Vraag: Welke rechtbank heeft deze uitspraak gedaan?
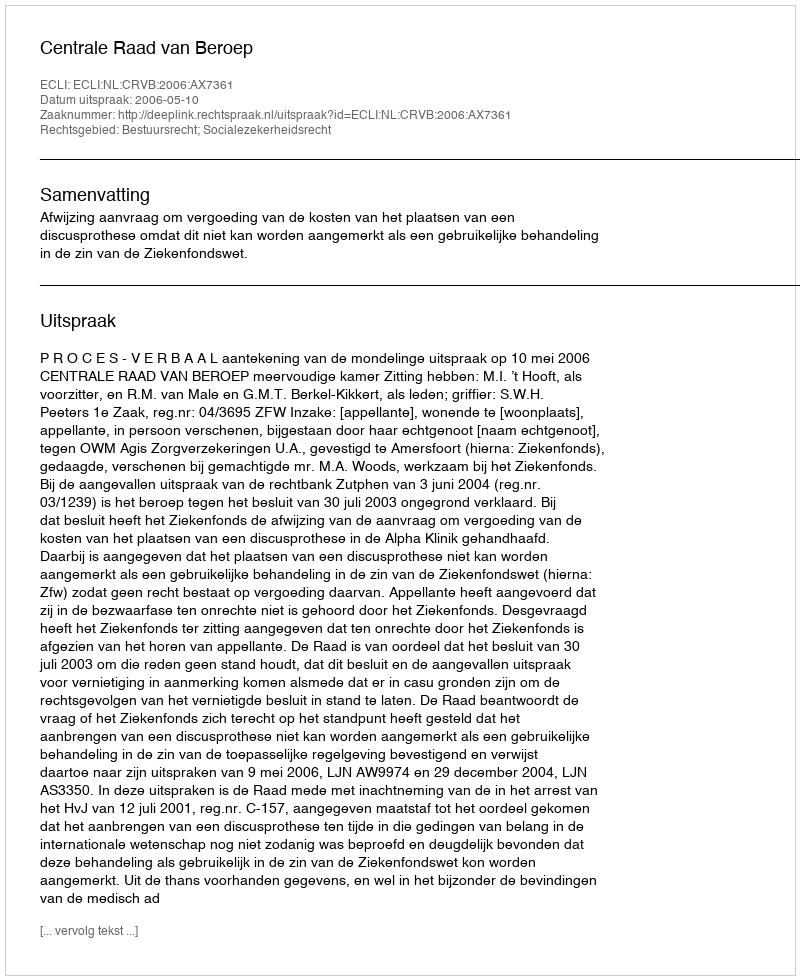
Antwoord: Centrale Raad van Beroep